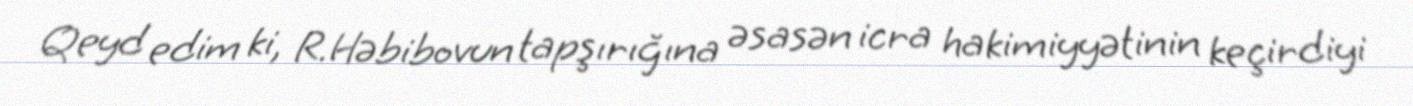
Qeyd edim ki, R.Həbibovun tapşırığına əsasən icra hakimiyyətinin keçirdiyi